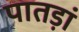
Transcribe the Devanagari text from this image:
पातड़ां